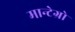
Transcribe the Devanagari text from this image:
मान्टेग्रो